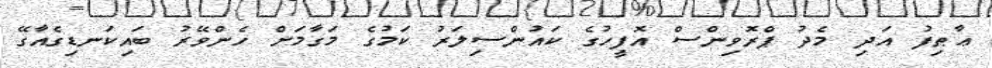
ޢާޠިފު އަދި މެދު ޕްރޮވިންސް އޮފީހުގެ ކައުންސިލަރު ކަމުގެ މަގާމަށް ހެންވޭރު ބައިކަނޑިގެއާގޭ